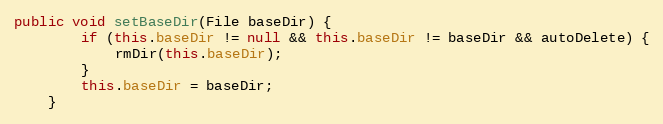
Language: Java
public void setBaseDir(File baseDir) {
        if (this.baseDir != null && this.baseDir != baseDir && autoDelete) {
            rmDir(this.baseDir);
        }
        this.baseDir = baseDir;
    }